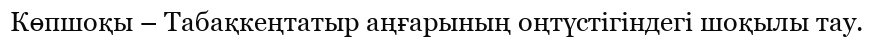
Көпшоқы – Табақкеңтатыр аңғарының оңтүстігіндегі шоқылы тау.